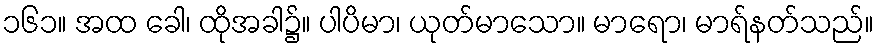
၁၆၁။ အထ ခေါ၊ ထိုအခါ၌။ ပါပိမာ၊ ယုတ်မာသော။ မာရော၊ မာရ်နတ်သည်။